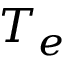
T _ { e }